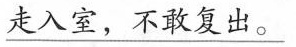
\underline{走入室，不敢复出。}